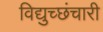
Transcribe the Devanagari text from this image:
विद्युच्छंचारी